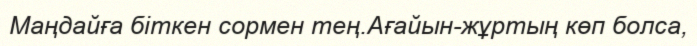
Маңдайға біткен сормен тең.Ағайын-жұртың көп болса,